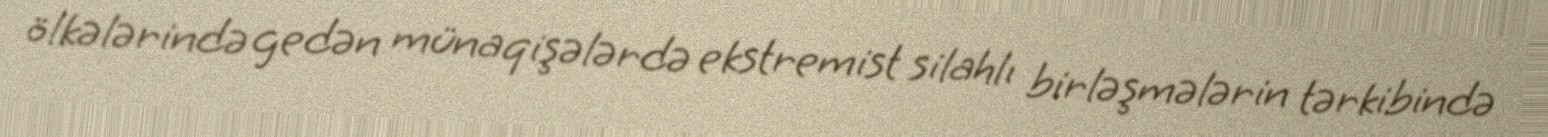
ölkələrində gedən münaqişələrdə ekstremist silahlı birləşmələrin tərkibində